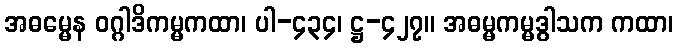
အဓမ္မေန ဝဂ္ဂါဒိကမ္မကထာ၊ ပါ-၄၃၄၊ ဋ္ဌ-၄၂၇။ အဓမ္မကမ္မဒွါသက ကထာ၊